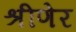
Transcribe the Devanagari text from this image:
श्रीणेर